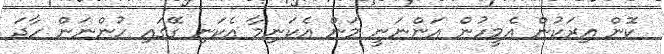
ކޮން އިރަކުން އެމީހުން އަންނަނީ މަން އެކަނިމާ އެކަނި ގޭގައި ހުންނަން ހާދަ